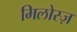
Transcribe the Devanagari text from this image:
मिलोस्ज़